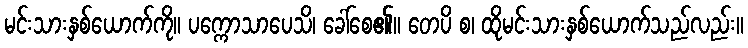
မင်းသားနှစ်ယောက်ကို။ ပက္ကောသာပေသိ၊ ခေါ်စေ၏။ တေပိ စ၊ ထိုမင်းသားနှစ်ယောက်သည်လည်း။